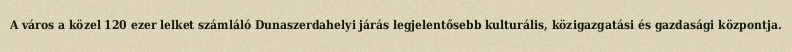
A város a közel 120 ezer lelket számláló Dunaszerdahelyi járás legjelentősebb kulturális, közigazgatási és gazdasági központja.